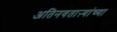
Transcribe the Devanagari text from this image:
अतिनवताऱ्यांच्या